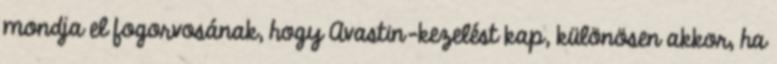
mondja el fogorvosának, hogy Avastin-kezelést kap, különösen akkor, ha